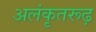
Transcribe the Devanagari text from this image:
अलंकृतरूढ़